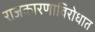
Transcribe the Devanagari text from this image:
राजकारणाविरोधात